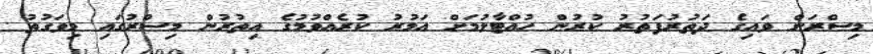
މިސްރަށް ވައިގެ ދަތުރުފަތުރު ކުރުން ހުއްޓާލުމަށް އަމުރު ކުރެއްވުމުގެ އިތުރުން މިސްރުގައި މިވަގުތު